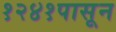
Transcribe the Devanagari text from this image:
१२४१पासून